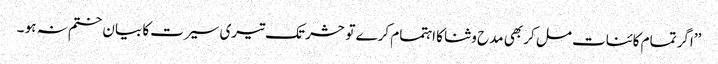
’’اگر تمام کائنات مل کر بھی مدح و ثنا کا اہتمام کرے تو حشر تک تیری سیرت کا بیان ختم نہ ہو ۔